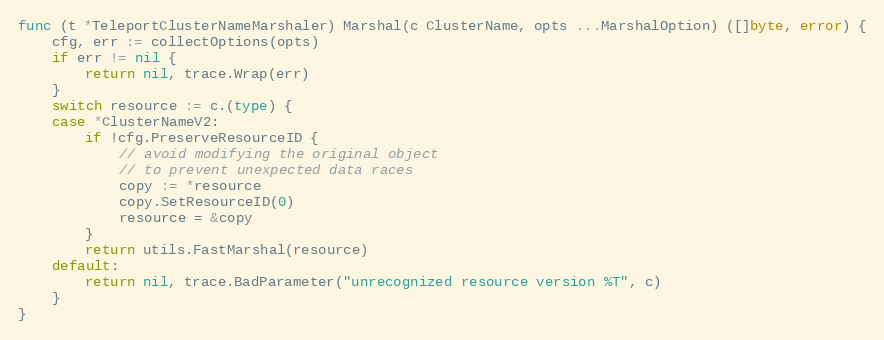
Language: Go
func (t *TeleportClusterNameMarshaler) Marshal(c ClusterName, opts ...MarshalOption) ([]byte, error) {
	cfg, err := collectOptions(opts)
	if err != nil {
		return nil, trace.Wrap(err)
	}
	switch resource := c.(type) {
	case *ClusterNameV2:
		if !cfg.PreserveResourceID {
			// avoid modifying the original object
			// to prevent unexpected data races
			copy := *resource
			copy.SetResourceID(0)
			resource = &copy
		}
		return utils.FastMarshal(resource)
	default:
		return nil, trace.BadParameter("unrecognized resource version %T", c)
	}
}